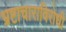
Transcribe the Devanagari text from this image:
भ्रष्टाचाराविरोधी